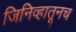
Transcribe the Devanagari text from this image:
जिनिव्हातूनच